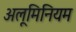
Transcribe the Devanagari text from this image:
अलूमिनियम